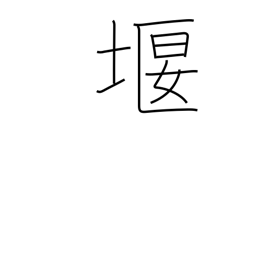
Meaning: prevent